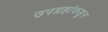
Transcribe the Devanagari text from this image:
उपग्रहांकडून